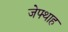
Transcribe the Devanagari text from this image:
जेफ्थाह